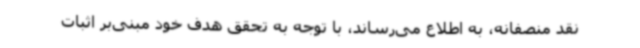
نقد منصفانه، به اطلاع می‌رساند، با توجه به تحقق هدف خود مبنی‌بر اثبات